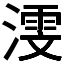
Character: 𬈳